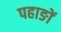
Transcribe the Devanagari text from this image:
पहाङों